Problem: 21 + 33 = ?
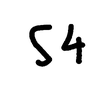
Handwritten answer: 54